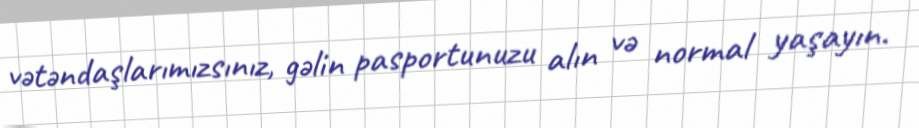
vətəndaşlarımızsınız, gəlin pasportunuzu alın və normal yaşayın.